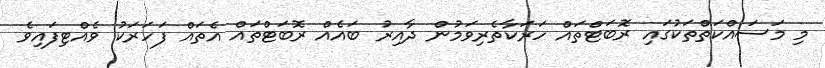
މި މަސައްކަތްތަކުގައި ރޮބަޓްތައް ހަރަކާތެރިވަމުން ދާއިރު ބައެއް ރޮބަޓްތައް އެތައް ފަހަރަކު ވެއްޓިފައިވެ